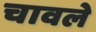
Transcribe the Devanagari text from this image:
चावले